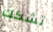
تشكك